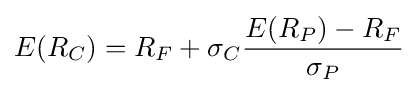
E(R_{C})=R_{F}+\sigma _{C}{\frac {E(R_{P})-R_{F}}{\sigma _{P}}}